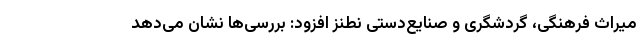
میراث فرهنگی، گردشگری و صنایع‌دستی نطنز افزود: بررسی‌ها نشان می‌دهد